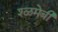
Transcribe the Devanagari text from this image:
श्ळमेबी